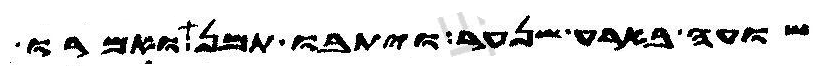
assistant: שועה בארע שנער ויתבו תמן ואמרו